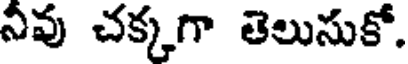
నీవు చక్కగా తెలుసుకో.